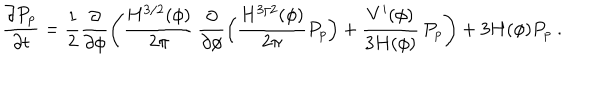
\frac { \partial P _ { p } } { \partial t } = \frac { 1 } { 2 } \frac { \partial } { \partial \phi } \left( \frac { H ^ { 3 / 2 } ( \phi ) } { 2 \pi } \, \frac { \partial } { \partial \phi } \Bigl ( \frac { H ^ { 3 / 2 } ( \phi ) } { 2 \pi } P _ { p } \Bigr ) + \frac { V ^ { \prime } ( \phi ) } { 3 H ( \phi ) } \, P _ { p } \right) + 3 H ( \phi ) P _ { p } \ .